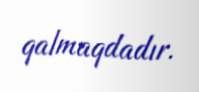
qalmaqdadır.